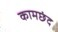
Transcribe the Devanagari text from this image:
कामछंद